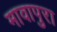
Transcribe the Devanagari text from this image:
मावापुरा